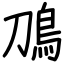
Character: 鳭